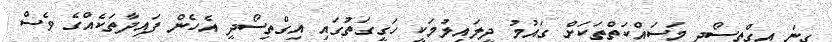
ގިނަ އިގްތިސޯދީ މަސައްކަތްތަކަށް ގައުމު ދީލައިލުމަކީ ހަގީގަތުގައި އިގްތިސޯދީ އެހެން ފައިދާތަކެއްގެ ވެސް